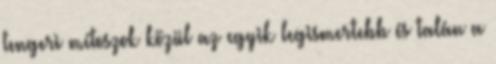
tengeri mítoszok közül az egyik legismertebb és talán a